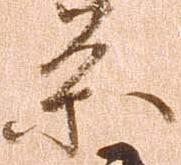
条